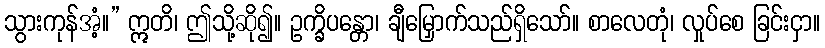
သွားကုန်အံ့။” ဣတိ၊ ဤသို့ဆို၍။ ဥက္ခိပန္တော၊ ချီမြှောက်သည်ရှိသော်။ စာလေတုံ၊ လှုပ်စေ ခြင်းငှာ။